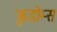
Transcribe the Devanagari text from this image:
ऋुडोम्स